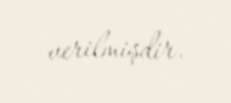
verilmişdir.